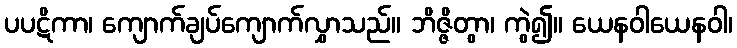
ပပဋိကာ၊ ကျောက်ချပ်ကျောက်လွှာသည်။ ဘိဇ္ဇိတွာ၊ ကွဲ၍။ ယေနဝါယေနဝါ၊